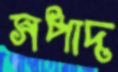
সপাদ